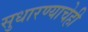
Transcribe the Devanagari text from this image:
सुधारण्याचेही